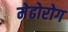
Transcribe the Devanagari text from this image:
मेढोरोग